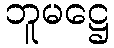
ဘူမဋ္ဌေ